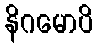
နိဂမောပိ